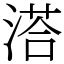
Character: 溚